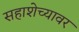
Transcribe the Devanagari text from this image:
सहाशेच्यावर